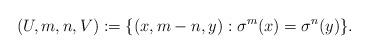
LaTeX: \begin{align*} (U,m,n, V):=\{(x,m-n,y): \sigma^{m}(x)=\sigma^{n}(y)\}.\end{align*}